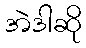
အဲဒါဆို